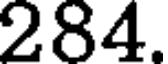
284.